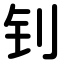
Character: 钊